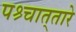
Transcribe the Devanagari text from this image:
पश्र्चात्‌तारे